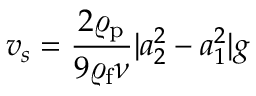
v _ { s } = \frac { 2 \varrho _ { \mathrm { p } } } { 9 \varrho _ { \mathrm { f } } { \nu } } | a _ { 2 } ^ { 2 } - a _ { 1 } ^ { 2 } | g